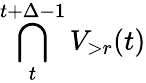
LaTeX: \bigcap_{t}^{t+\Delta-1}{{V}}_{>r}(t)